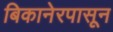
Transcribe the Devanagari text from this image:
बिकानेरपासून